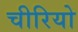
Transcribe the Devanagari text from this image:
चीरियो